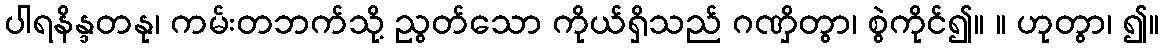
ပါရနိန္ဒတနု၊ ကမ်းတဘက်သို့ ညွတ်သော ကိုယ်ရှိသည် ဂဏှိတွာ၊ စွဲကိုင်၍။ ။ ဟုတွာ၊ ၍။